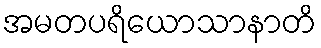
အမတပရိယောသာနာတိ